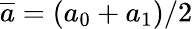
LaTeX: \overline{a}=(a_{0}+a_{1})/2